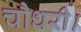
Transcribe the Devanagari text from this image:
चौधरी।